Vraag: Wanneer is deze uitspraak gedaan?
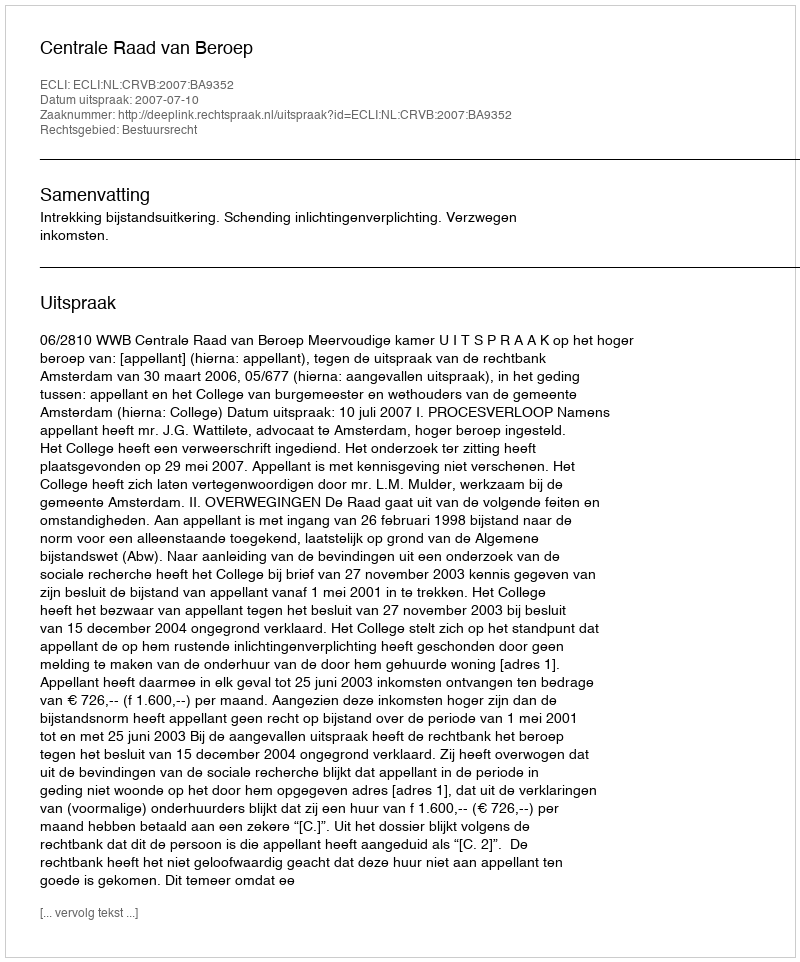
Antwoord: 2007-07-10